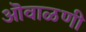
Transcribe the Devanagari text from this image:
ऒवाळणी